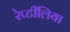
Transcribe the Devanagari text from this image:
रेप्टीलिया